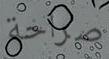
صراحة